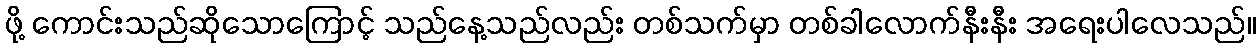
ဖို့ ကောင်းသည်ဆိုသောကြောင့် သည်နေ့သည်လည်း တစ်သက်မှာ တစ်ခါလောက်နီးနီး အရေးပါလေသည်။